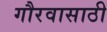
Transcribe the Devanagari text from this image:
गौरवासाठी